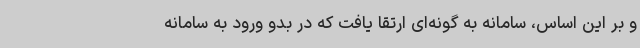
و بر این اساس، سامانه‌ به گونه‌ای ارتقا یافت که در بدو ورود به سامانه